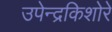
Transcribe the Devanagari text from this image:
उपेन्द्रकिशोरे